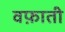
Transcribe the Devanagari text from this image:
वफ़ाती